Leaving Certificate Examination (including Day School Certificate (Higher) General paper), 1932
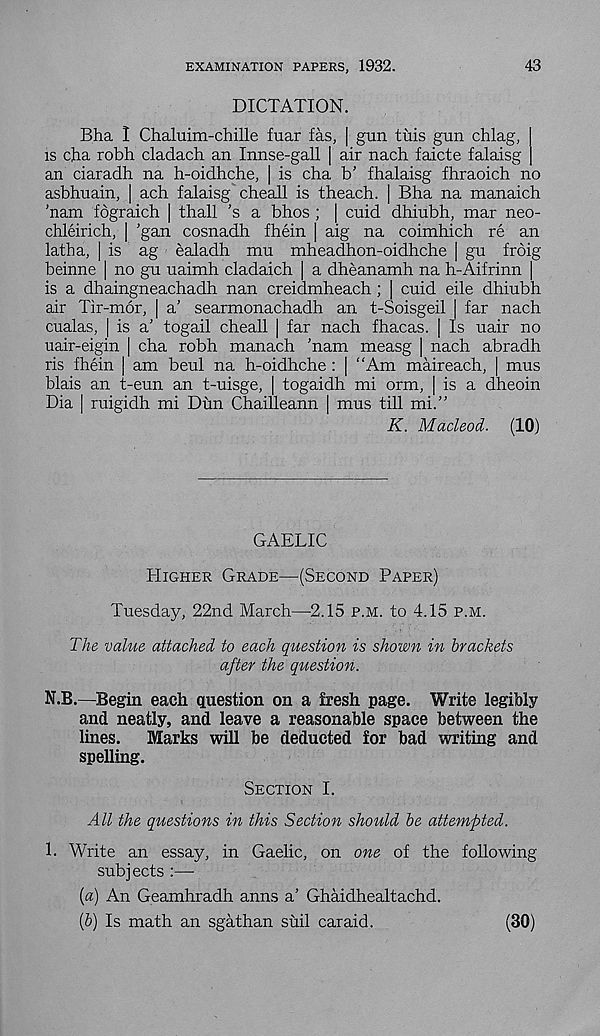
EXAMINATION PAPERS, 1932.
43
DICTATION.
Bha I Chaluim-chille fuar fas, | gun tuis gun chlag,
is cha robh cladach an Innse-gall | air nach faicte falaisg
an ciaradh na h-oidhche, | is cha b’ fhalaisg fhraoich no
asbhuain, | ach falaisg cheall is theach. | Bha na manaich
’nam fograich | thall ’s a bhos ; | cuid dhiubh, mar neo-
chleirich, | ’gan cosnadh fhein | aig na coimhich re an
lath a, ] is ag ealadh mu mheadhon-oidhche | gu froig
beinne | no gu uaimh cladaich | a dheanamh na h-Aifrinn |
is a dhaingneachadh nan creidmheach ; | cuid eile dhiubh
air Tir-mor, | a’ searmonachadh an t-Soisgeil | far nach
cualas, | is a’ togail cheall | far nach fhacas. [ Is uair no
uair-eigin | cha robh manach 'nam measg | nach abradh
ris fhein | am beul na h-oidhche : [ “Am maireach, | mus
blais an t-eun an t-uisge, | togaidh mi orm, | is a dheoin
Dia | ruigidh mi Dun Chailleann | mus till mi.”
K. Macleod. (10)
GAELIC
Higher Grade—(Second Paper)
Tuesday, 22nd March—2.15 p.m. to 4.15 p.m.
The value attached to each question is shown in brackets
after the question.
N.B.—Begin each question on a fresh page. Write legibly
and neatly, and leave a reasonable space between the
lines.
Marks will be deducted for bad writing and
spelling.
Section I.
All the questions in this Section should be attempted.
1. Write an essay, in Gaelic, on one of the following
subjects :—
(a) An Geamhradh anns a’ Ghaidhealtachd.
(&) Is math an sgathan suil car aid.
(30)